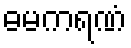
ဓမကရဏံ